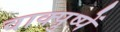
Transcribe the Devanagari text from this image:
वाक्पुष्पें